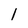
Character: 1